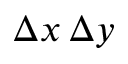
\Delta x \, \Delta y